Civil Veterinary Department Bengal reports 1923-33 - 1923-1933
Year: 1923
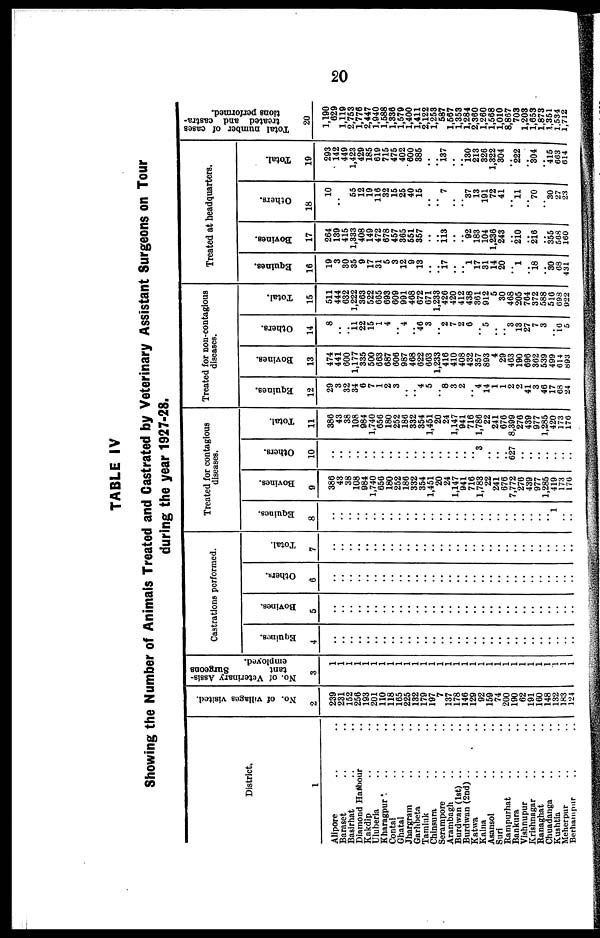
20
TABLE IV
Showing the Number of Animals Treated and Castrated by Veterinary Assistant Surgeons on Tour
during the year 1927-28.
District.
1
Alipore .. ..
Barnset .. ..
Basirhat .. ..
Diamond Hagbour ..
Kakdip .. ..
Uluberla .. ..
Kharagpur .. ..
Contal .. ..
Ghatal .. ..
Jhargram .. ..
Garhbeta .. ..
Tamluk .. ..
Chinsura .. ..
Serampore .. ..
Arambagh .. ..
Burdwan (1st) .. ..
Burdwan (2nd) .. ..
Katwa .. ..
Kalna .. ..
Asansol .. ..
Suri .. ..
Rampurhat .. ..
Bankura .. ..
Vishnupur .. ..
Krishnagnr .. ..
Ranaghat .. ..
Chuadanga .. ..
Kushtia .. ..
Meherpur .. ..
Berhsmpur .. ..
No. of villages visited.
2
239
231
152
256
103
201
110
118
165
225
132
179
197
7
137
178
146
129
92
159
74
200
190
62
191
160
148
132
183
124
No. of Veterinary Assis-
tant
Surgeons
employed.
3
1
1
1
1
1
1
1
1
1
1
1
1
1
1
1
1
1
1
1
1
1
1
1
1
1
1
1
1
1
1
Castrations performed.
Equines.
4
..
..
..
.. ..
..
..
..
..
..
..
..
..
..
..
..
..
..
..
..
..
..
..
..
..
..
..
..
..
..
Bovines.
5
..
..
..
..
..
..
..
..
..
..
..
..
..
..
..
..
..
..
..
..
..
..
..
..
..
..
..
..
..
..
Others.
6
..
..
..
..
..
..
..
..
..
..
..
..
..
..
..
..
..
..
..
..
..
..
..
..
..
..
..
..
..
..
Total.
7
..
..
..
..
..
..
..
..
..
..
..
..
..
..
..
..
..
..
..
..
..
..
..
..
..
..
..
..
..
..
Treated for contagious
diseases.
Equines.
8
..
..
..
..
..
..
..
..
..
..
..
..
..
..
..
..
..
..
..
..
..
..
..
..
..
..
.. 1
..
..
Bovines.
9
386
43
38
108
984
1,740
650
180
252
186
332
354
1,451
20
24
1,147
941
716
1,783
22
241
676
7,772
276
439
977
1,285
419
173
170
Others.
10
..
..
..
..
..
..
..
..
..
..
..
..
..
..
..
..
..
.. 3
..
..
.. 627
..
..
..
..
..
..
..
Total.
11
386
43
38
108
984
1,740
656
180
252
186
332
354
1,451
20
24
1,147
941
716
1,786
22
241
676
8,399
276
439
977
1,285
420
173
170
Treated for nou-contaglous
diseases.
Equlnes.
12
29
3
32
34
6
7
1
2
3
..
.. 4
5
.. "8
3
2
.. "4
14
1
1
2
2
41
3
46
17
68
24
Bovines.
13
474
441
600
1,177
335
600
663
687
606
987
468
622
663
1,233
416
410
408
432
357
893
4
29
463
190
696
362
539
499
014
893
Others.
14
8
..
.. 11
22
15
1
4
.. 4
.. 46
3
.. 2
7
2
6
.. 5
..
.. 3
13
27
7
3
.. 10
5
Total.
15
511
444
632
1,222
363
522
665
693
609
991
468
672
671
1,233
426
420
412
438
361
912
5
30
468
205
764
372
588
516
698
922
Treated at headquarters.
Equlnes.
16
19
3
30
35
9
17
31
5
3
12
9
13
..
.. 17
..
.. 1 17
31
14
20
.. 1
.. 18
.. 30
08
431
Bovines.
17
264
139
415
1,333
408
149
472
678
457
365
551
357
..
.. 113
..
.. 92
183
104
1,236
243
..
210
..
216
.. 355
568 100
Others.
18
10
..
.. 55
12
19
116
32
15
25
40
15
..
.. 7
..
.. 37
13
191
72
41
.. 11
.. 70
.. 30
27
23
TotaL
19
293
142
449
1,423
429
185
619
715
475
402
600
385
..
.. i37
..
.. 130
213
326
1,322
304
.. 222
.. 304
.. 416
663
614
Total number of cases
treated and castra-
tions performed.
20
1,190
629
1,119
2,753
1,778
2,447
1,940
1,588
1,336
1,579
1,400
1,411
2,122
1,253
587
1,667
1,353
1,284
2,360
1,260
1,568
1,010
8,867
703
1,208
1,653
1,873
1,351
1,534
1,712